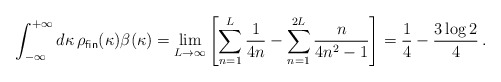
\begin{align*}\int_{-\infty}^{+\infty}d\kappa \, \rho_{\textsf{fin}}(\kappa)\beta(\kappa) =\lim_{L\to\infty}\left[\sum_{n=1}^{L}\frac{1}{4n} - \sum_{n=1}^{2L}\frac{n}{4n^{2}-1}\right] =\frac{1}{4}-\frac{3\log 2}{4} \, .\end{align*}